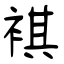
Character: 褀